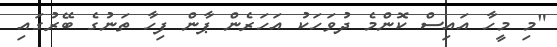
"މި މީހާ އައިސް ކޮންމެ ދުވަހަކު އަހަރެން ޕާން ފިހާ ތަނުގެ ބޭރުގައި